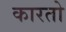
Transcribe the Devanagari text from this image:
कारतो